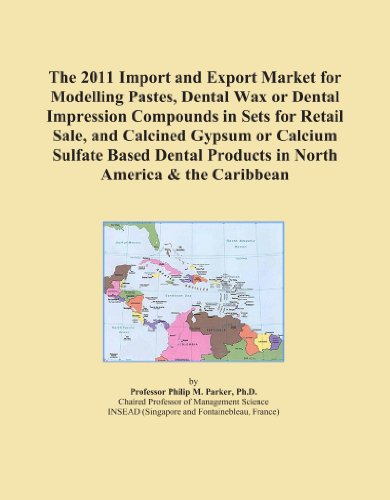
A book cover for The 2011 Import and Export Market for Modelling Pastes, Dental Wax or Dental Impression Compounds in Sets for Retail Sale, and Calcined Gypsum or ... Products in North America & the Caribbean; Icon Group International; Medical Books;